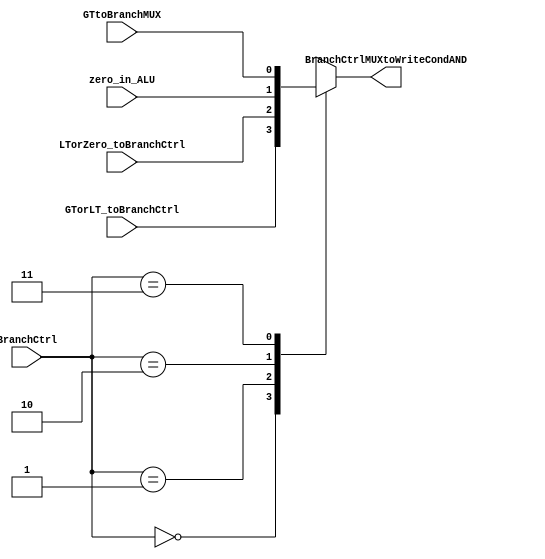
// Branch control mux - mux 4x1
module aluToPc(
    input wire GTorLT_toBranchCtrl, 
    input wire LTorZero_toBranchCtrl,
    input wire zero_in_ALU,
    input wire GTtoBranchMUX,
    input wire [1:0] BranchCtrl,
    output reg BranchCtrlMUXtoWriteCondAND
);

    always @* begin
        case (BranchCtrl)
            2'b00: BranchCtrlMUXtoWriteCondAND = GTorLT_toBranchCtrl; // Valor padro, pode ser ajustado conforme necessrio
            2'b01: BranchCtrlMUXtoWriteCondAND = LTorZero_toBranchCtrl;
            2'b10: BranchCtrlMUXtoWriteCondAND = zero_in_ALU ;
            2'b11: BranchCtrlMUXtoWriteCondAND = GTtoBranchMUX;
            // default: BranchCtrlMUXtoWriteCondAND = 1'b0; // Pode ser necessrio um valor padro especfico
        endcase
    end

endmodule